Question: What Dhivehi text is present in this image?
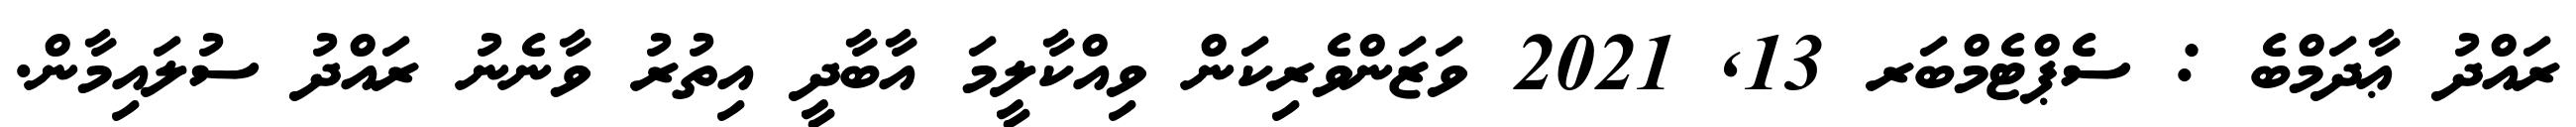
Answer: ރައްދު ޢާދަމްބެ : ސެޕްޓެމްބަރ 13, 2021 ވަޒަންވެރިކަން ވިއްކާލީމަ އާބާދީ އިތުރު ވާނެނު ރައްދު ސުލައިމާން.